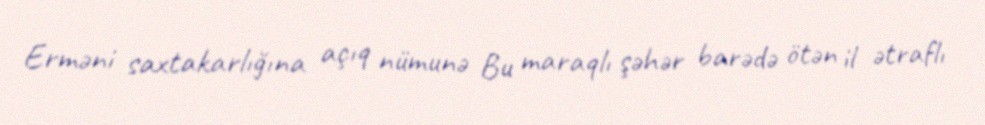
Erməni saxtakarlığına açıq nümunə Bu maraqlı şəhər barədə ötən il ətraflı